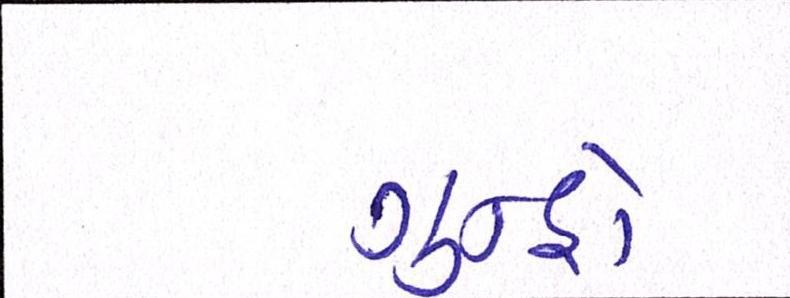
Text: ગુન્હો